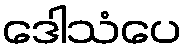
ဒေါသံပေ